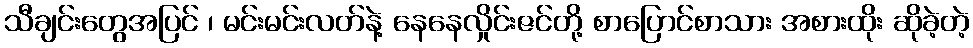
သီချင်းတွေအပြင် ၊ မင်းမင်းလတ်နဲ့ နေနေလှိုင်းဇင်တို့ စာပြောင်စာသား အစားထိုး ဆိုခဲ့တဲ့